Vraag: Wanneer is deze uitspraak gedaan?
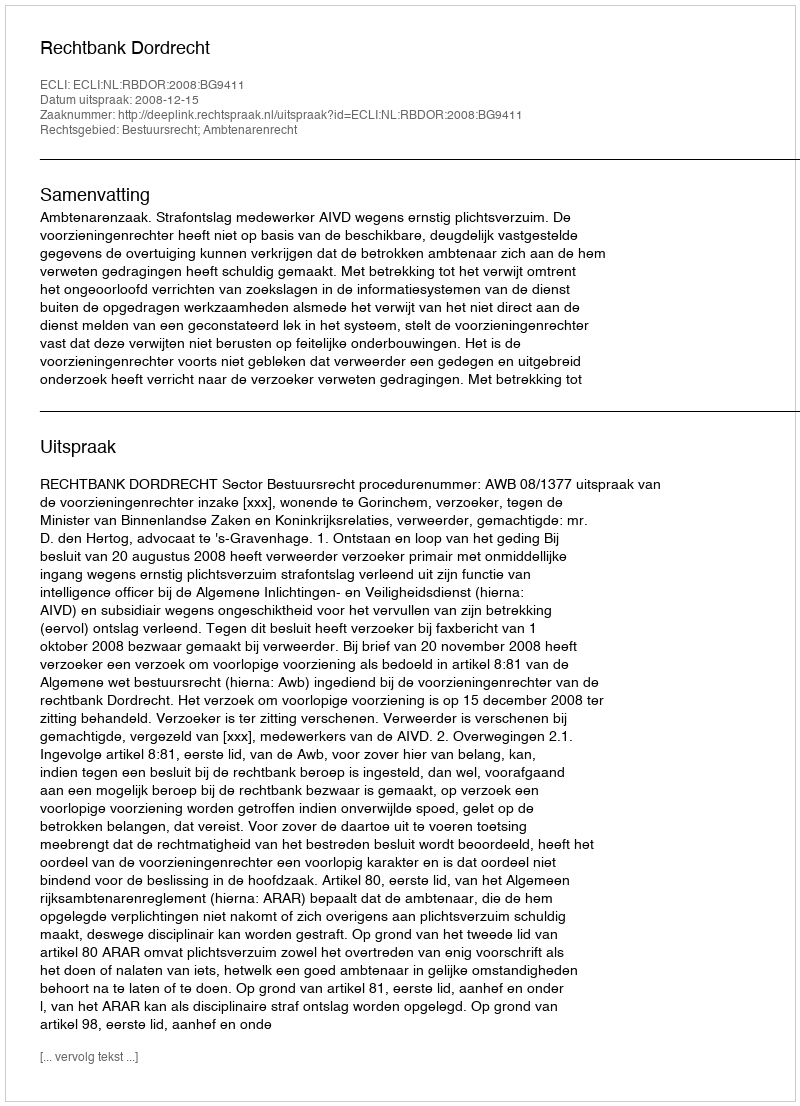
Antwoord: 2008-12-15